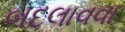
બદલાવવા